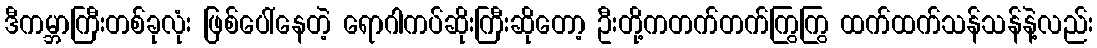
ဒီကမ္ဘာကြီးတစ်ခုလုံး ဖြစ်ပေါ်နေတဲ့ ရောဂါကပ်ဆိုးကြီးဆိုတော့ ဦးတို့ကတက်တက်ကြွကြွ ထက်ထက်သန်သန်နဲ့လည်း